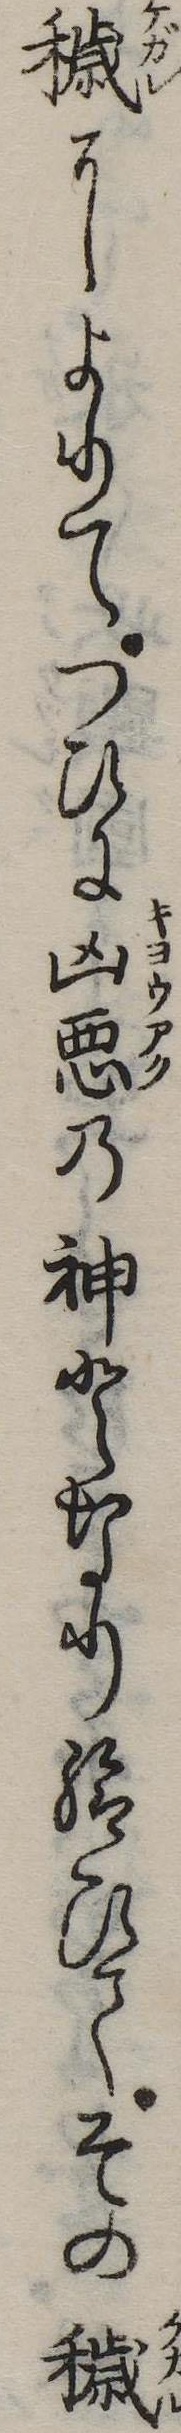
穢によりてつひに凶悪の神となり給ひてその穢